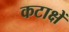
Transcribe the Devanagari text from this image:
कटाक्षें